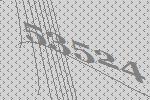
53524